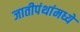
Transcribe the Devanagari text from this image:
जातीपंथांमध्ये